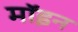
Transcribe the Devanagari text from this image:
मॉइन